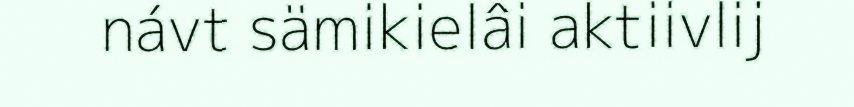
návt sämikielâi aktiivlij